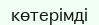
көтерімді